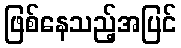
ဖြစ်နေသည့်အပြင်